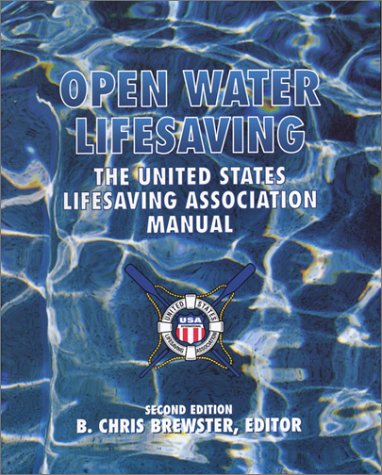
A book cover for Open Water Lifesaving: The United States Lifesaving Association Manual (2nd Edition); BREWSTER & USLA; Health, Fitness & Dieting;